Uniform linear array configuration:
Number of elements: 24
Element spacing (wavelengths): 0.25
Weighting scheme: hann
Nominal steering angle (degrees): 45
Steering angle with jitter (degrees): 46.128
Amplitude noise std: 0.05
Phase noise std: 0.05

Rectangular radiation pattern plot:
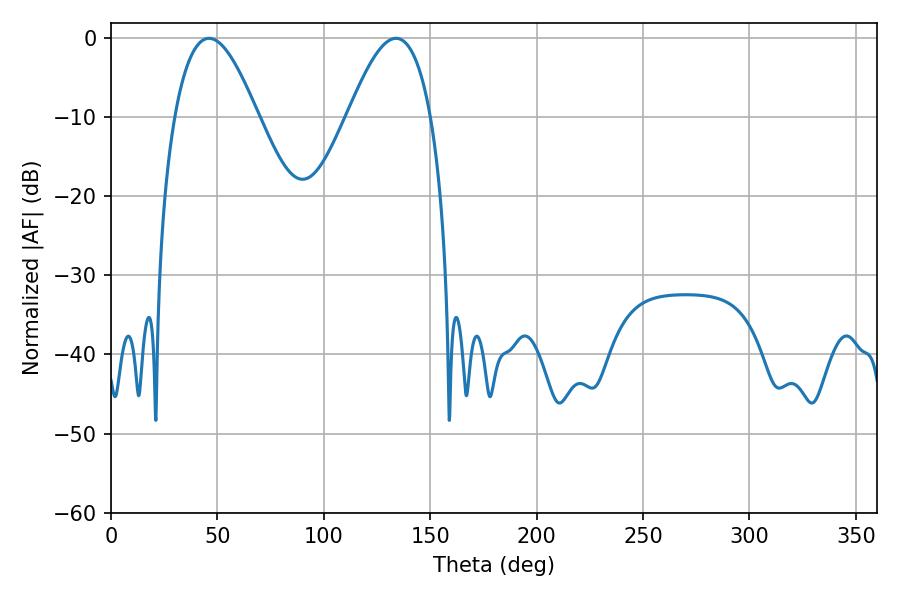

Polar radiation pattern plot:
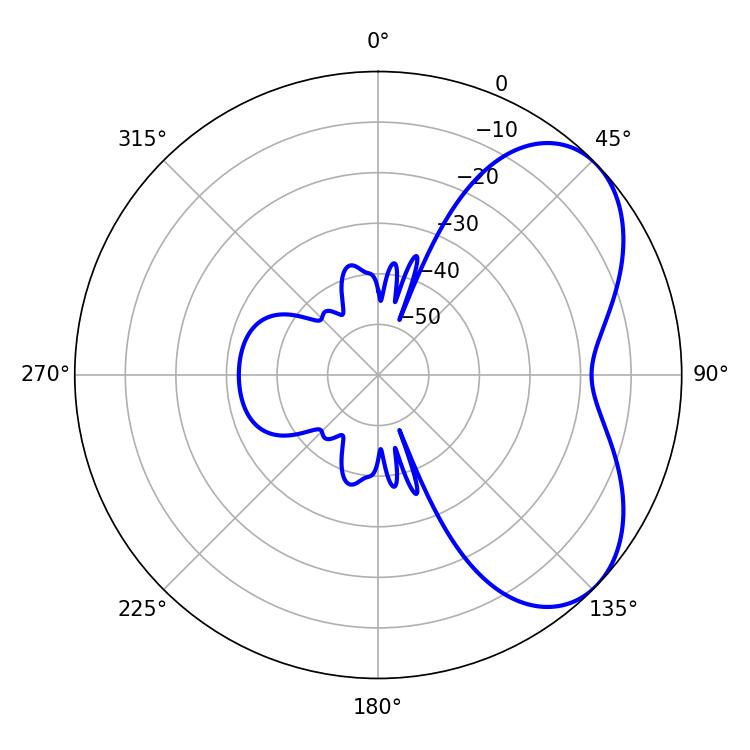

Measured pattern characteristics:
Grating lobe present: FALSE
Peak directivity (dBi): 5.221
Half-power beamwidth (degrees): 21.24
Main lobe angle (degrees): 46.08